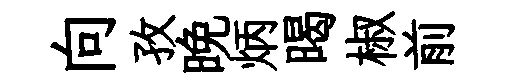
向孜晚炳暍椒前